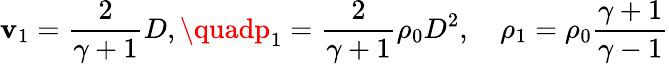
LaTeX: \mathbf{v}_{1}={\frac{{2}}{{\gamma+1}}}D,\quadp_{1}={\frac{{2}}{{\gamma+1}}}\rho_{0}D^{2},\quad\rho_{1}=\rho_{0}{\frac{{\gamma+1}}{{\gamma-1}}}